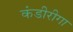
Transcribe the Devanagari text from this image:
कंडीरीगा